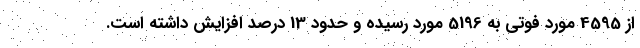
از 4595 مورد فوتی به 5196 مورد رسیده و حدود 13 درصد افزایش داشته است.